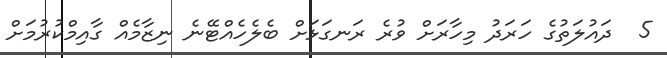
5  ދައުލަތުގެ ހަރަދު މިހާރަށް ވުރެ ރަނގަޅަށް ބެލެހެއްޓޭނެ ނިޒާމެއް ގާއިމްކުރުމަށް